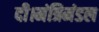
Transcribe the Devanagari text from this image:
दी।मंत्रिमंडल